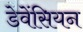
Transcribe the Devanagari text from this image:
डेवेंसियन